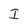
Character: I